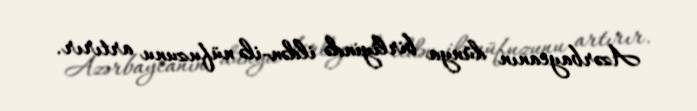
Azərbaycanın dünya birliyində ildən-ilə nüfuzunu artırır.